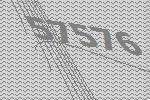
57576